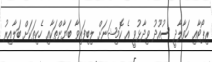
ރިޕޯޓާއި ހަވާލާދީ ސުއޫދު ވިދާޅުވީ އެ ކޮމިޝަނަށް ލިބިފައިވާ ބަޔާންތަކާއި ހެކިތަކަށް ބަލާއިރު